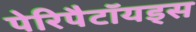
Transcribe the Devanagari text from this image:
पेरिपैटॉयड्स